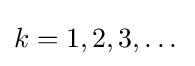
k=1,2,3,\dots